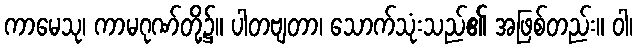
ကာမေသု၊ ကာမဂုဏ်တို့၌။ ပါတဗျတာ၊ သောက်သုံးသည်၏ အဖြစ်တည်း။ ဝါ၊